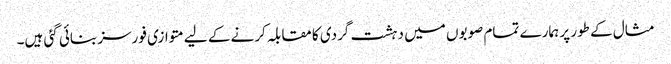
مثال کے طور پر ہمارے تمام صوبوں میں دہشت گردی کا مقابلہ کرنے کے لیے متوازی فورسز بنائی گئی ہیں۔